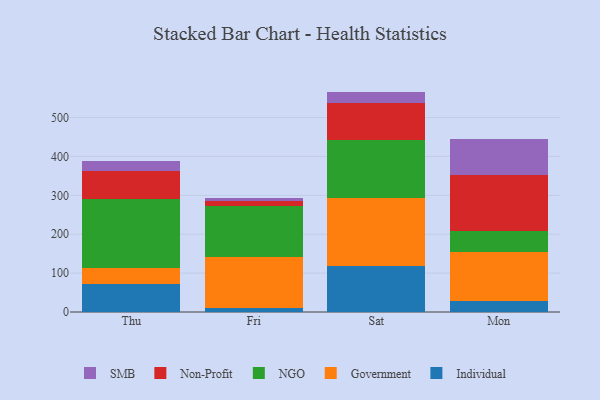
{"axis": {"x": "Day", "y": "Operating Costs (USD K)"}, "legend": ["Government", "Individual", "NGO", "Non-Profit", "SMB"], "data": [{"x": "Thu", "y": 71.5, "type": "Individual"}, {"x": "Thu", "y": 40.4, "type": "Government"}, {"x": "Thu", "y": 177.9, "type": "NGO"}, {"x": "Thu", "y": 72.3, "type": "Non-Profit"}, {"x": "Thu", "y": 26.6, "type": "SMB"}, {"x": "Fri", "y": 9.3, "type": "Individual"}, {"x": "Fri", "y": 131.7, "type": "Government"}, {"x": "Fri", "y": 131.4, "type": "NGO"}, {"x": "Fri", "y": 13.8, "type": "Non-Profit"}, {"x": "Fri", "y": 6.7, "type": "SMB"}, {"x": "Sat", "y": 118.6, "type": "Individual"}, {"x": "Sat", "y": 174.5, "type": "Government"}, {"x": "Sat", "y": 149.6, "type": "NGO"}, {"x": "Sat", "y": 93.8, "type": "Non-Profit"}, {"x": "Sat", "y": 30.2, "type": "SMB"}, {"x": "Mon", "y": 27.9, "type": "Individual"}, {"x": "Mon", "y": 126.3, "type": "Government"}, {"x": "Mon", "y": 55.2, "type": "NGO"}, {"x": "Mon", "y": 144.1, "type": "Non-Profit"}, {"x": "Mon", "y": 91.3, "type": "SMB"}]}